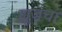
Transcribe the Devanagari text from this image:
ह्यूजचा